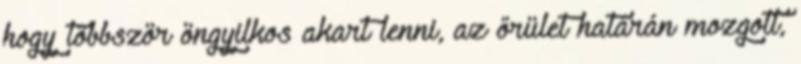
hogy többször öngyilkos akart lenni, az őrület határán mozgott,